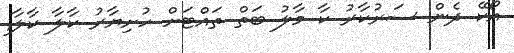
އޯކޭ ދެން ސަރުކާރު ކާ މާލު ބަތް ތައްޓަށް ހުށިޔާރު ކާލާ ކާލާ